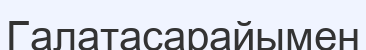
Галатасарайымен